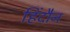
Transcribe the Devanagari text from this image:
हिंदौन